Annual report on the working of the mental hospitals in the Madras Presidency - 1912-1932
Year: 1912
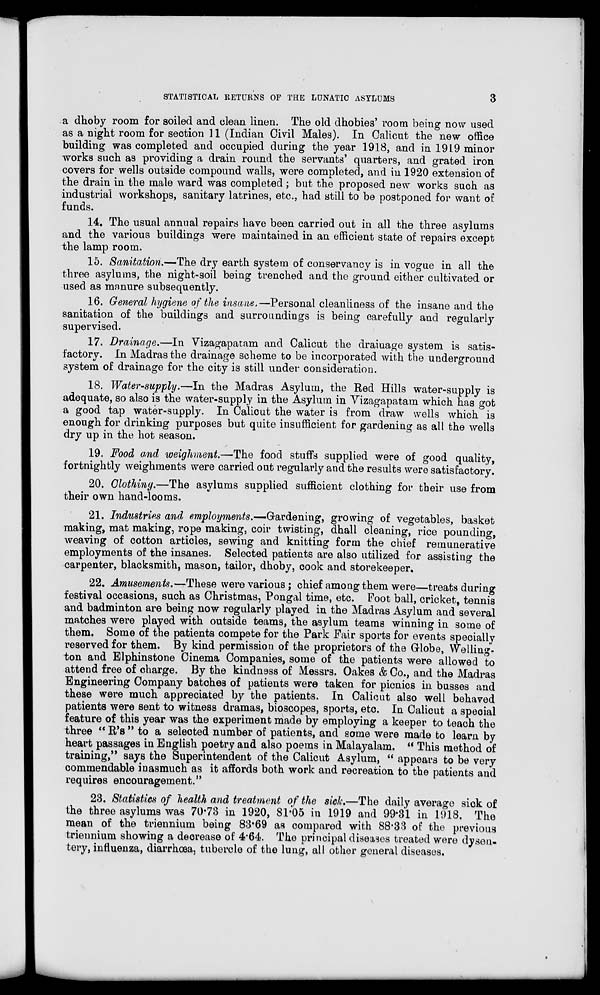
STATISTICAL RETURNS OF THE LUNATIC ASYLUMS
3
a dhoby room for soiled and clean linen. The old dhobies' room being now used
as a night room for section 11 (Indian Civil Males). In Calicut the new office
building was completed and occupied during the year 1918, and in 1919 minor
works such as providing a drain round the servants' quarters, and grated iron
covers for wells outside compound walls, were completed, and in 1920 extension of
the drain in the male ward was completed; but the proposed new works such as
industrial workshops, sanitary latrines, etc., had still to be postponed for want of
funds.
14. The usual annual repairs have been carried out in all the three asylums
and the various buildings were maintained in an efficient state of repairs except
the lamp room.
15. Sanitation.—The dry earth system of conservancy is in vogue in all the
three asylums, the night-soil being trenched and the ground either cultivated or
used as manure subsequently.
16. General hygiene of the insane.—Personal cleanliness of the insane and the
sanitation of the buildings and surroundings is being carefully and regularly
supervised.
17. Drainage.—In Vizagapatam and Calicut the drainage system is satis-
factory. In Madras the drainage scheme to be incorporated with the underground
system of drainage for the city is still under consideration.
18. Water-supply.—In the Madras Asylum, the Red Hills water-supply is
adequate, so also is the water-supply in the Asylum in Vizagapatam which has got
a good tap water-supply. In Calicut the water is from draw wells which is
enough for drinking purposes but quite insufficient for gardening as all the wells
dry up in the hot season.
19. Food and weighment.—The food stuffs supplied were of good quality,
fortnightly weighments were carried out regularly and the results were satisfactory.
20. Clothing.—The asylums supplied sufficient clothing for their use from
their own hand-looms.
21. Industries and employments.—Gardening, growing of vegetables, basket
making, mat making, rope making, coir twisting, dhall cleaning, rice pounding,
weaving of cotton articles, sewing and knitting form the chief remunerative
employments of the insanes. Selected patients are also utilized for assisting the
carpenter, blacksmith, mason, tailor, dhoby, cook and storekeeper.
22. Amusements.—These were various; chief among them were—treats during
festival occasions, such as Christmas, Pongal time, etc. Foot ball, cricket, tennis
and badminton are being now regularly played in the Madras Asylum and several
matches were played with outside teams, the asylum teams winning in some of
them. Some of the patients compete for the Park Fair sports for events specially
reserved for them. By kind permission of the proprietors of the Globe, Welling-
ton and Elphinstone Cinema Companies, some of the patients were allowed to
attend free of charge. By the kindness of Messrs. Oakes & Co., and the Madras
Engineering Company batches of patients were taken for picnics in busses and
these were much appreciated by the patients. In Calicut also well behaved
patients were sent to witness dramas, bioscopes, sports, etc. In Calicut a special
feature of this year was the experiment made by employing a keeper to teach the
three " R's " to a selected number of patients, and some were made to learn by
heart passages in English poetry and also poems in Malayalam. " This method of
training,'' says the Superintendent of the Calicut Asylum, " appears to be very
commendable inasmuch as it affords both work and recreation to the patients and
requires encouragement."
23. Statistics of health and treatment of the sick.—The daily average sick of
the three asylums was 70.73 in 1920, 81.05 in 1919 and 99.31 in 1918. The
mean of the triennium being 83.69 as compared with 88.33 of the previous
triennium showing a decrease of 4.64. The principal diseases treated were dysen-
tery, influenza, diarrhœa, tubercle of the lung, all other general diseases.